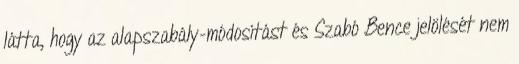
látta, hogy az alapszabály-módosítást és Szabó Bence jelölését nem